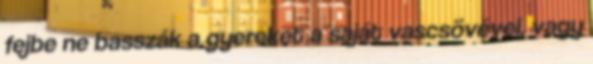
fejbe ne basszák a gyereket a saját vascsövével, vagy